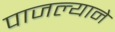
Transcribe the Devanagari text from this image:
पाजल्याने